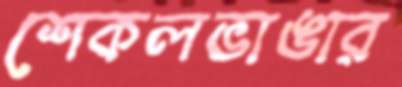
শেকলভাঙার